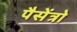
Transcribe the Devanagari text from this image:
पैसेंत्रो